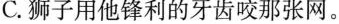
C.狮子用他锋利的牙齿咬那张网。